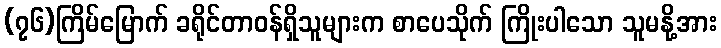
(၇၆)ကြိမ်မြောက် ခရိုင်တာဝန်ရှိသူများက စာပေသိုက် ကြိုးပါသော သူမနို့အား